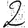
Digit: 2